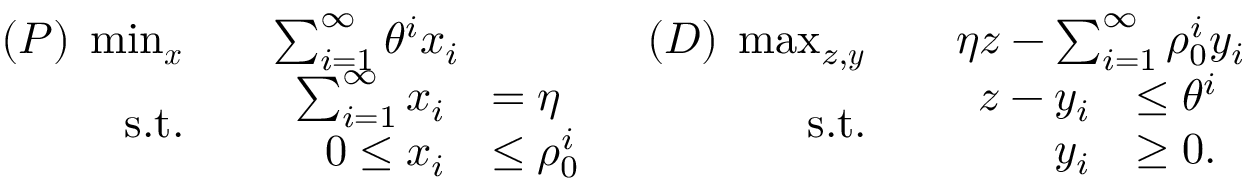
\begin{array} { r l r l } { ( P ) \; \operatorname* { m i n } _ { \boldsymbol { x } } } & { \quad \sum _ { i = 1 } ^ { \infty } \theta ^ { i } x _ { i } } & { ( D ) \; \operatorname* { m a x } _ { z , \boldsymbol { y } } } & { \quad \eta z - \sum _ { i = 1 } ^ { \infty } \rho _ { 0 } ^ { i } y _ { i } } \\ { \mathrm { s . t . } } & { \quad \begin{array} { r l } { \sum _ { i = 1 } ^ { \infty } x _ { i } } & { = \eta } \\ { 0 \leq x _ { i } } & { \leq \rho _ { 0 } ^ { i } } \end{array} } & { \mathrm { s . t . } } & { \quad \begin{array} { r l } { z - y _ { i } } & { \leq \theta ^ { i } } \\ { y _ { i } } & { \geq 0 . } \end{array} } \end{array}